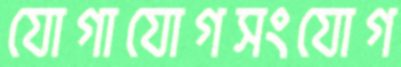
যোগাযোগসংযোগ